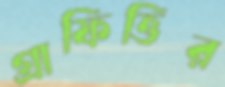
গ্রাফিত্তির